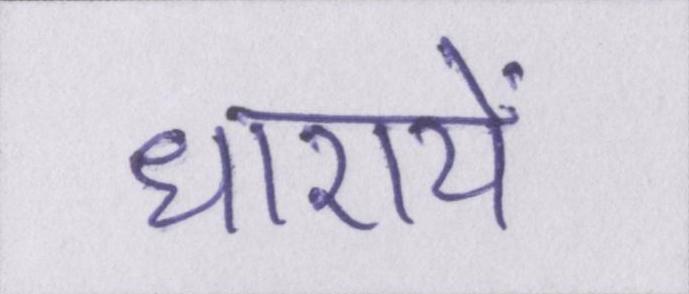
धारायें